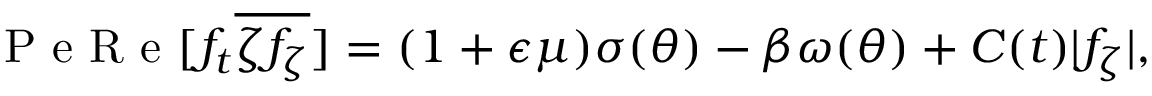
\mathrm { ~ P ~ e ~ R ~ e ~ } [ f _ { t } \overline { { \zeta f _ { \zeta } } } ] = ( 1 + \epsilon \mu ) \sigma ( \theta ) - \beta \omega ( \theta ) + C ( t ) \lvert f _ { \zeta } \vert ,